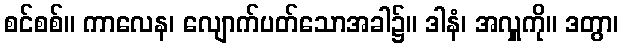
စင်စစ်။ ကာလေန၊ လျောက်ပတ်သောအခါ၌။ ဒါနံ၊ အလှူကို။ ဒတွာ၊